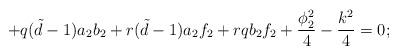
LaTeX: \begin{align*}+q({\tilde d}-1)a_{2}b_{2}+r({\tilde d}-1)a_{2}f_{2}+rqb_{2}f_{2} +\frac{\phi_{2}^{2}}{4}-\frac{k^{2}}{4}=0; \end{align*}